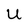
Character: U